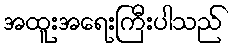
အထူးအရေးကြီးပါသည်